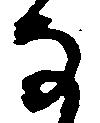
な